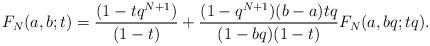
LaTeX: \begin{align*}F_N(a,b;t) = \frac{(1-tq^{N+1})}{(1-t)}+ \frac{(1-q^{N+1})(b-a)tq}{(1-bq)(1-t)}F_N(a,bq;tq).\end{align*}